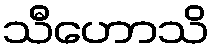
သီဟောသိ